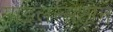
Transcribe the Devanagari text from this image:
साइलन्सेट्रोन